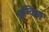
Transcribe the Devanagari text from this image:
दृग्विद्या